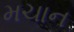
મચાન